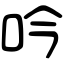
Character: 吟